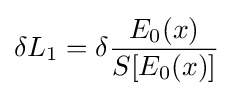
\delta L_{1}=\delta {\frac {E_{0}(x)}{S[E_{0}(x)]}}